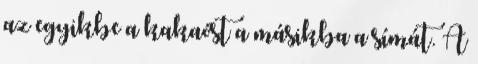
az egyikbe a kakaóst a másikba a símát. A